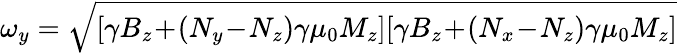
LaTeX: \omega_{y}=\sqrt{[\gamma B_{z}\! +\! (N_{y}\! -\! N_{z})\gamma\mu_{0}M_{z}][\gamma B_{z}\! +\! (N_{x}\! -\! N_{z})\gamma\mu_{0}M_{z}]}